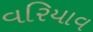
વરિયાવ